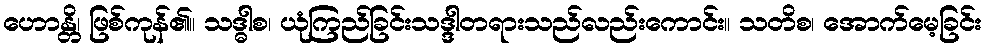
ဟောန္တိ၊ ဖြစ်ကုန်၏။ သဒ္ဓါစ၊ ယုံကြည်ခြင်းသဒ္ဒါတရားသည်လည်းကောင်း။ သတိစ၊ အောက်မေ့ခြင်း